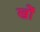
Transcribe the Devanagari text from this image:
खोें